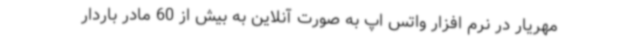
مهریار در نرم افزار واتس اپ به صورت آنلاین به بیش از 60 مادر باردار